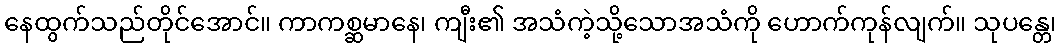
နေထွက်သည်တိုင်အောင်။ ကာကစ္ဆမာနေ၊ ကျီး၏ အသံကဲ့သို့သောအသံကို ဟောက်ကုန်လျက်။ သုပန္တေ၊